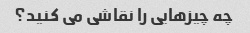
چه چیزهایی را نقاشی می کنید؟